Lunatic asylums Central Provinces reports 1886-1894 - 1886-1894
Year: 1886
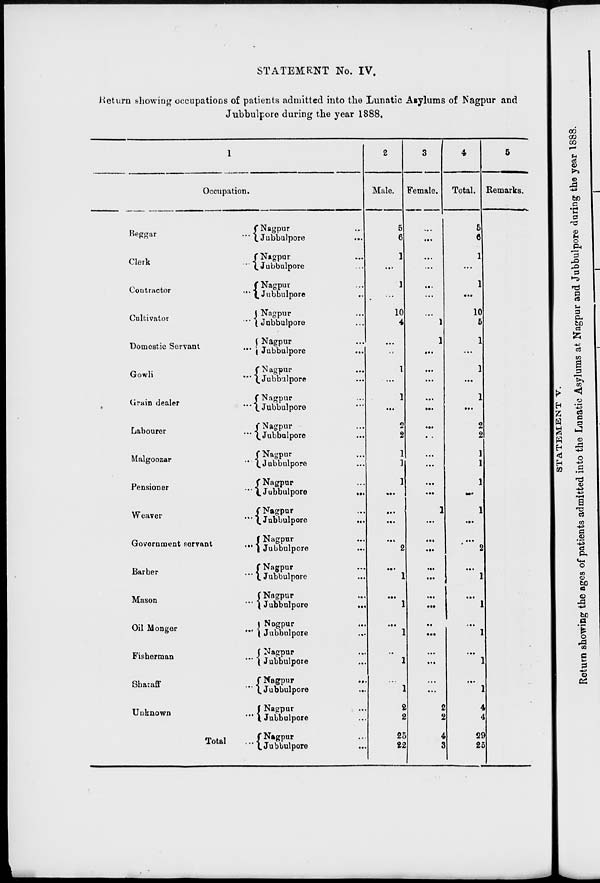
STATEMENT No. IV.
Return showing occupations of patients admitted into the Lunatic Asylums of Nagpur and
Jubbulpore during the year 1888,
1
Occupation.
Beggar
...
Clerk
...
Contractor
...
Cultivator
...
Domestic Servant
...
Gowli
...
Grain dealer
...
Labourer
...
Malgoozar
...
Pensioner
...
Weaver
...
Government servant
...
Barber
...
Mason
...
Oil Monger
...
Fisherman
...
Sharaff
...
Unknown
...
Total
...
Nagpur ...
Jubbulpore ...
Nagpur ...
Jubbulpore ...
Nagpur ...
Jubbulpore ...
Nagpur ...
Jubbulpore ...
Nagpur ...
Jubbulpore
...
Nagpur ...
Jubbulpore ...
Nagpur ...
Jubbulpore ...
Nagpur ...
Jubbulpore ...
Nagpur ...
Jubbulpore ...
Nagpur ...
Jubbulpore
...
Nagpur ...
Jubbulpore
...
Nagpur ...
Jubbulpore ...
Nagpur ...
Jubbulpore ...
Nagpur ...
Jubbulpore
...
Nagpur ...
Jubbulpore ...
Nagpur ...
Jubbulpore ...
Nagpur
...
Jubbulpore ...
Nagpur ...
Jubbulpore ...
Nagpur ...
Jubbulpore ...
2
Male.
5
6
1
...
1
...
10
4
...
...
1
...
1
...
2
2
1
1
1
...
...
...
...
2
...
1
...
1
...
1
...
1
...
1
2
2
25
22
3
Female.
...
...
...
...
...
...
...
1
1
...
...
...
...
...
...
...
...
...
...
...
1
...
...
...
...
...
...
...
...
...
...
...
...
...
2
2
4
3
4
Total.
5
6
1
...
1
...
10
5
1
...
1
...
1
...
2
2
1
1
1
...
1
...
...
2
...
1
...
1
...
1
...
1
...
1
4
4
29
25
5
Remarks.